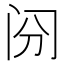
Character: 𰿪